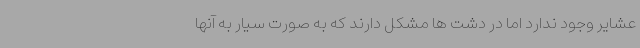
عشایر وجود ندارد اما در دشت ها مشکل دارند که به صورت سیار به آنها